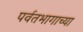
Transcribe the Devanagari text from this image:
पर्वतभागाच्या